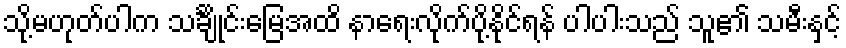
သို့မဟုတ်ပါက သင်္ချိုင်းမြေအထိ နာရေးလိုက်ပို့နိုင်ရန် ပါပါးသည် သူ၏ သမီးနှင့်